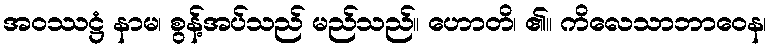
အဝဿဋ္ဌံ နာမ၊ စွန့်အပ်သည် မည်သည်။ ဟောတိ၊ ၏။ ကိလေသာဘာဝေန၊